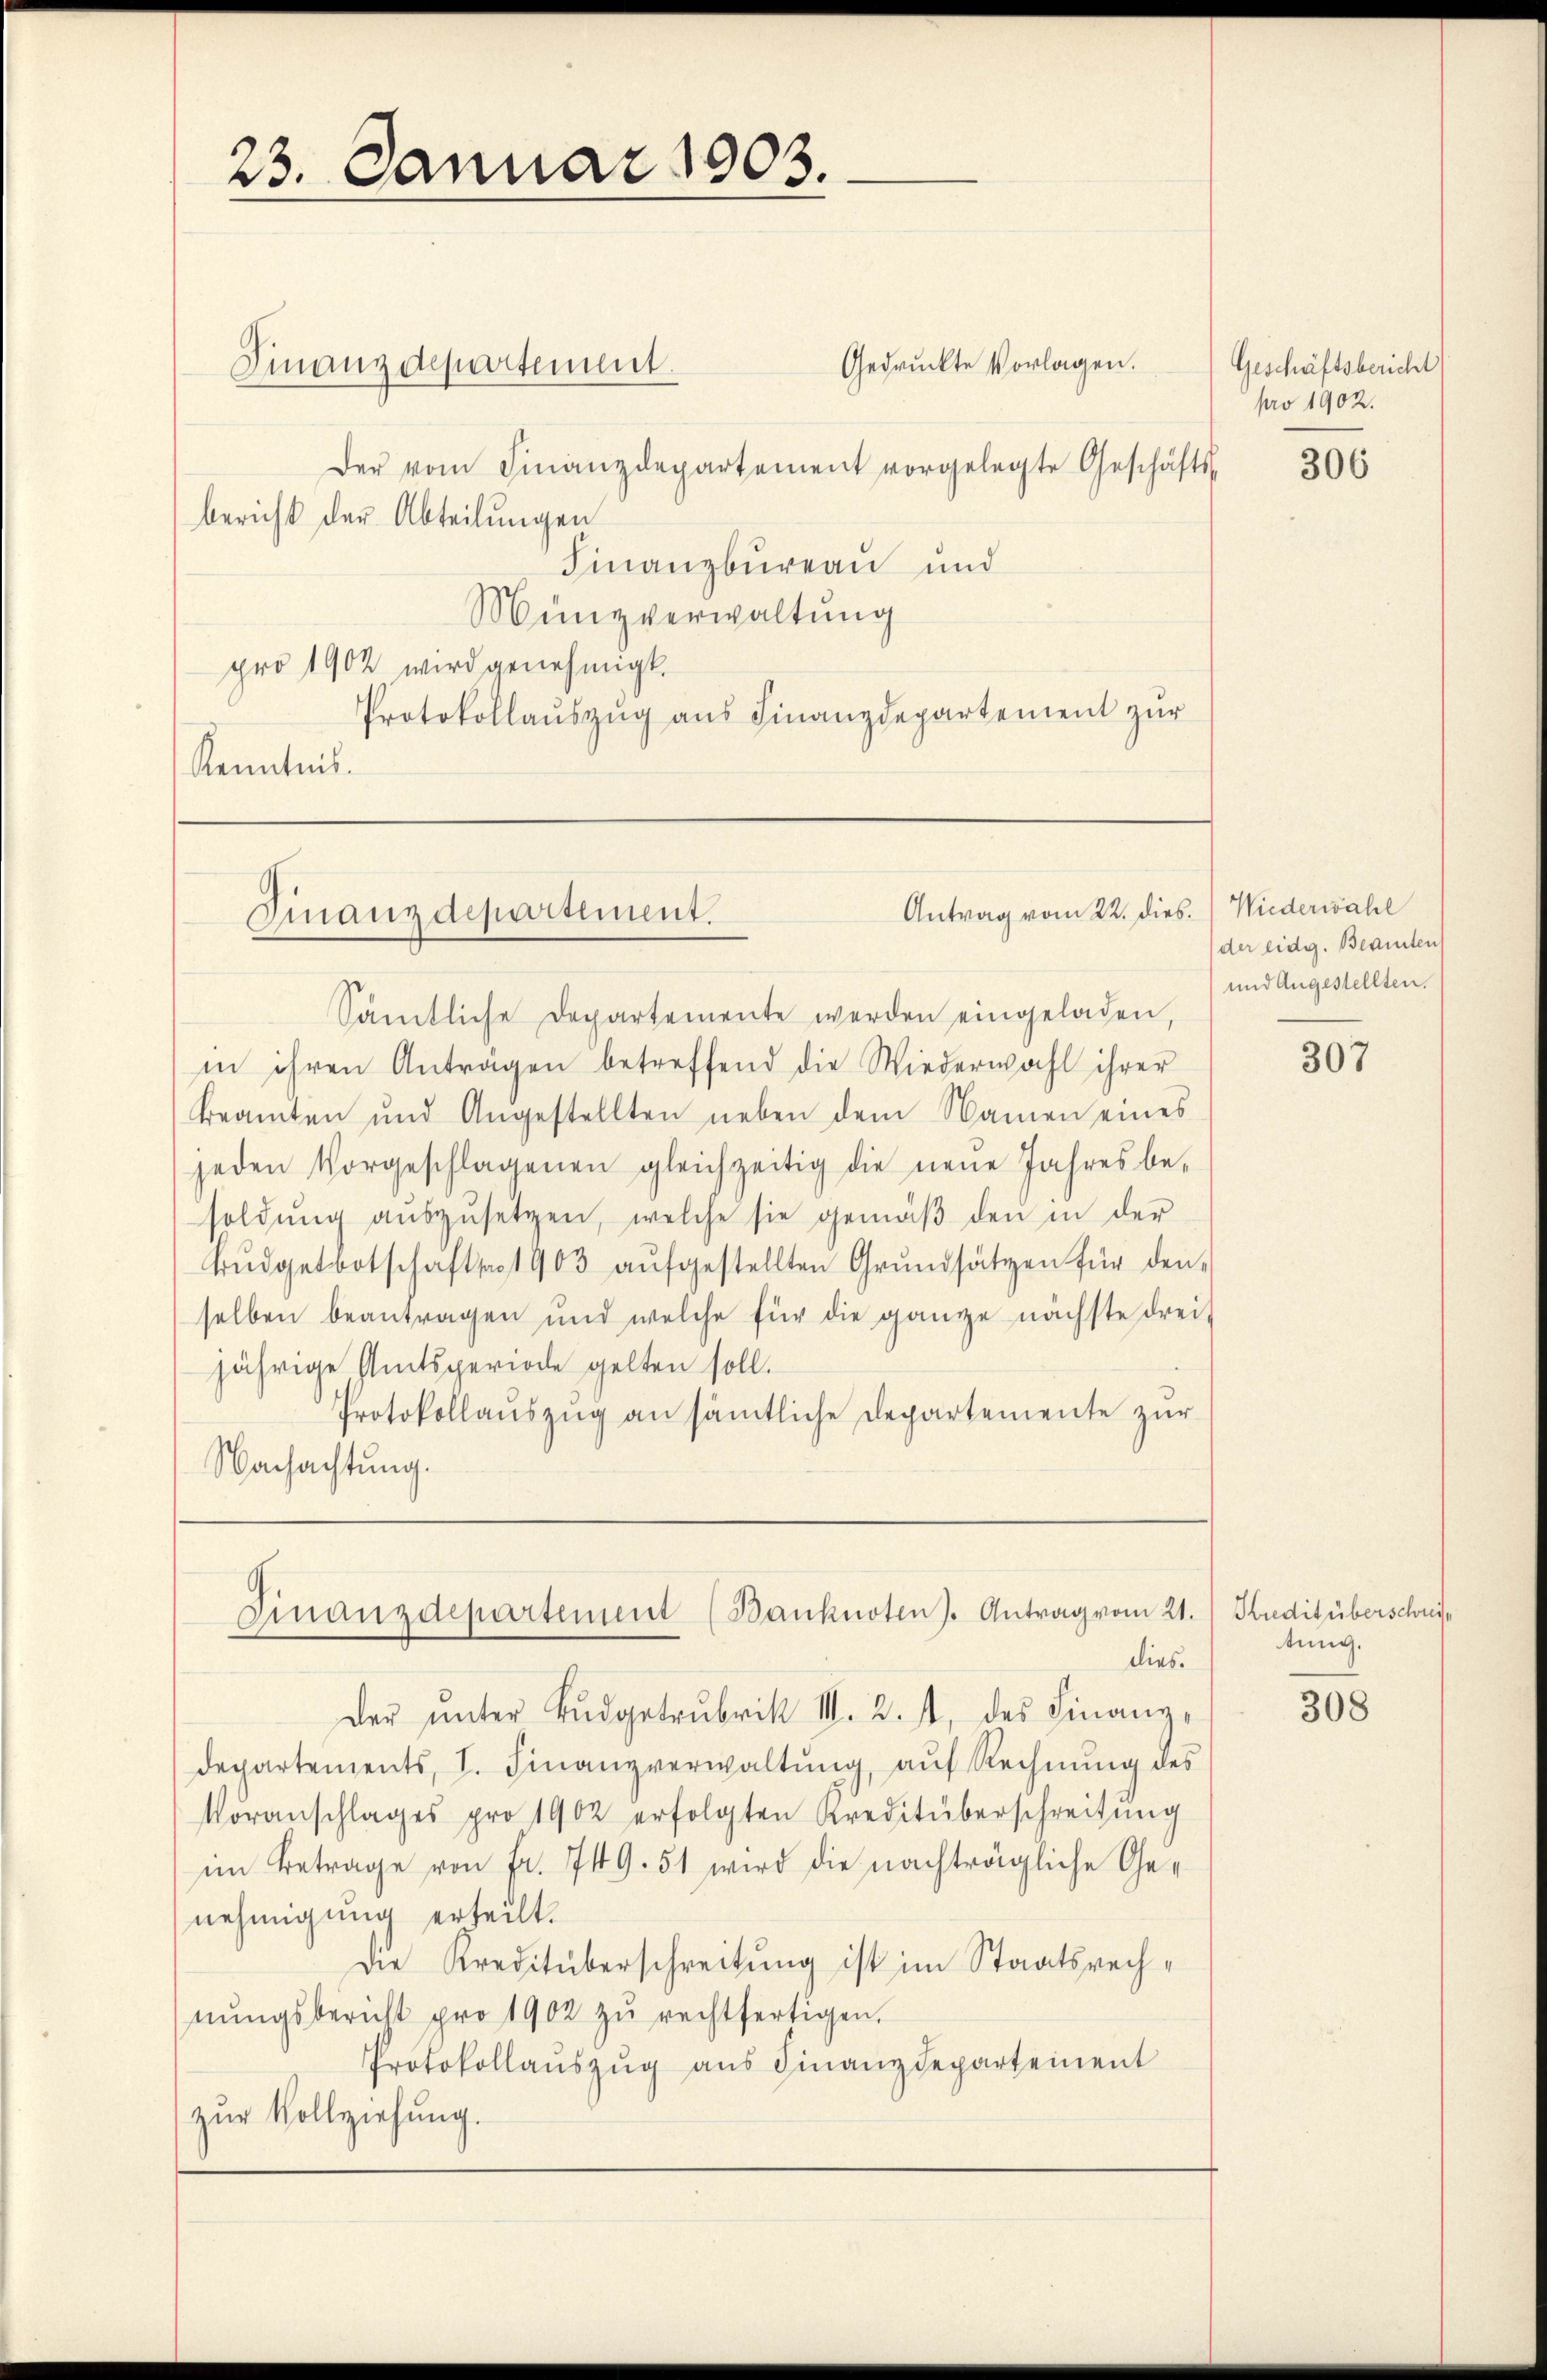
23. Januar 1903.

Gedruckte Vorlagen.
Finanzdepartement.
Der vom Finanzdepartement vorgelegte Geschäfts-
bericht der Abteilungen
Finanzbüreau und
Münzverwaltung
pro 1902 wird genehmigt.
Protokollauszug aus Finanzdepartement zur
Kenntnis.

Antrag vom 22. dies
Finanzdepartement.

Finanzdepartement (Banknoten). Antrag vom 21.
dies.

Geschäftsbericht
pro 1902.
306

Sämtliche Departemente werden eingeladen,
in ihren Anträgen betreffend die Wiederwahl ihrer
Beamten und Angestellten neben dem Namen eines
jeden Vorgeschlagenen gleichzeitig die neŭe Jahresbe-
soldŭng aŭszŭsetzen, welche sie gemäβ den in der
Büdgetbotschaftsar 1903 aŭfgestellten Grŭndsätzen für den
selben beantragen und welche für die ganze nächste drei,
jährige Amtsperiode gelten soll.
Protokollauszug an sämtliche Departemente zur
Nachachtung.

der ŭnter Bŭdgetrubrik III. 2., des Finanzdepartements, I. Finanzverwaltŭng aŭf Rechnŭng des
Voranschlages pro 1902 erfolgten Kreditüberschreitŭng
im Betrage von Fr. 749. 51 wird die nachträgliche Genehmigung erteilt.
Die Kreditüberschreitung ist im Staatsrechnŭngsbericht pro 1902 zŭ rechtfertigen.
Protokollaŭszŭg aŭs Finanzdepartement
zŭr Vollziehung.

Wiederwahl
(der eidg. Beamten
und Angestellten.

307

Kredit überschreitung.

308